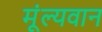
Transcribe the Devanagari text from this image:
मूंल्‍यवान